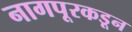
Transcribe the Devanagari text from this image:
नागपूरकडून